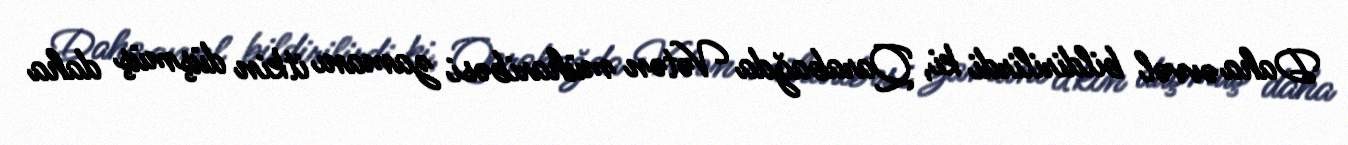
Daha əvvəl bildirilirdi ki, Qarabağda Vətən müharibəsi zamanı itkin düşmüş daha